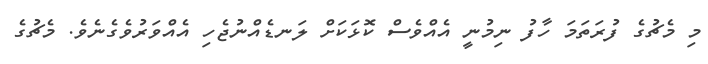
މި މެޗުގެ ފުރަތަމަ ހާފު ނިމުނީ އެއްވެސް ކޮޅަކަށް ލަނޑެއްނުޖެހި އެއްވަރުވެގެނެވެ. މެޗުގެ